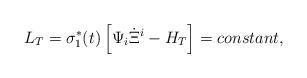
LaTeX: \begin{align*}L_{T}=\sigma_{1}^{*}(t)\left[\Psi_{i}\dot{\Xi}^{i}-H_{T}\right]={constant},\end{align*}